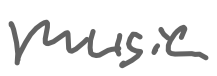
Text: music
Cross-out: clean
Writing tool: digital_gray